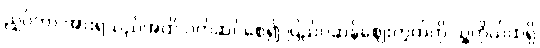
ညှပ်ကာ အားရသည်အထိ ဝတ်ဆင်စေ၍ ပြည်ပဆန်ဈေးကွက်ကို သူ့ကိုယ်ထဲရှိ